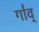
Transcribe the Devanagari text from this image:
गा॑व्